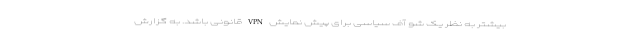
بیشتر به نظر یک شو آف سیاسی برای پیش نمایش VPN قانونی باشد. به گزارش